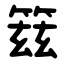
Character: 䈘